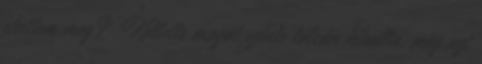
ehettem meg? Kellette magát szinte tálcán kínálta, még azt